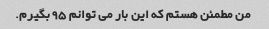
من مطمئن هستم که این بار می توانم 95 بگیرم.